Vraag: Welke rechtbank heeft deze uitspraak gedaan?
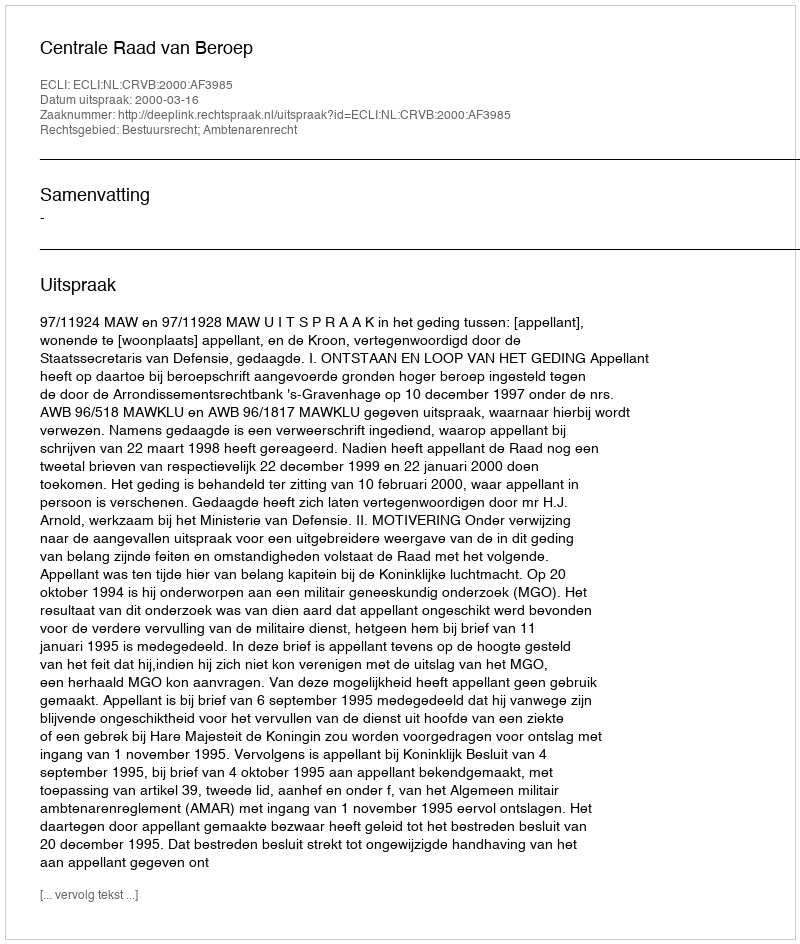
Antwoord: Centrale Raad van Beroep